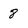
Character: 8